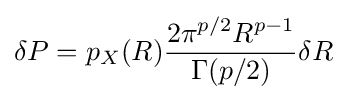
\delta P=p_{X}(R){\frac {2\pi ^{p/2}R^{p-1}}{\Gamma (p/2)}}\delta R